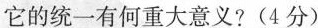
它的统一有何重大意义?(4分)